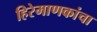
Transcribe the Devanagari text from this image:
हिरेमाणकांचा